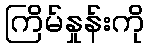
ကြိမ်နှုန်းကို